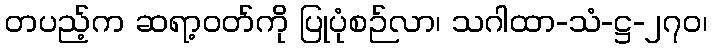
တပည့်က ဆရာ့ဝတ်ကို ပြုပုံစဉ်လာ၊ သဂါထာ-သံ-ဋ္ဌ-၂၇၀၊